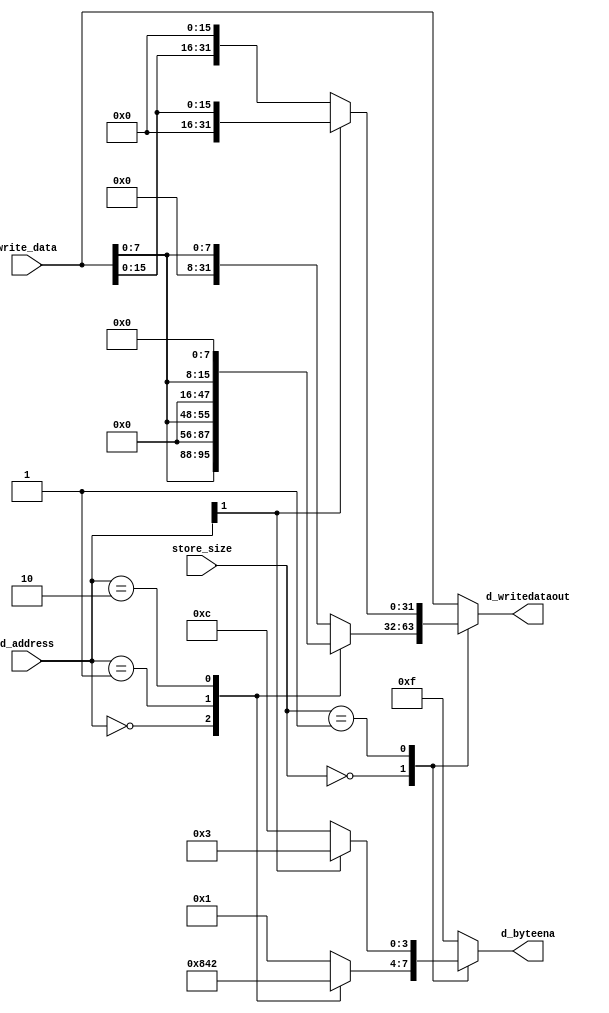


/****************************************************************************
 *           Load data translator
 *- moves read data to appropriate byte/halfword and zero/sign extends
 *****************************************************************************/
module vstore_data_translator(
    write_data,             // data in least significant position
    d_address,
    store_size,             // 0-byte, 1-16bits, 2-32bits, 3-64bits
    d_byteena,
    d_writedataout);        // shifted data to coincide with address
parameter WIDTH=32;

input [WIDTH-1:0] write_data;
input [1:0] d_address;
input [1:0] store_size;
output [3:0] d_byteena;
output [WIDTH-1:0] d_writedataout;

reg [3:0] d_byteena;
reg [WIDTH-1:0] d_writedataout;

always @*
begin
    case (store_size)
        2'b00:
        begin
            case(d_address[1:0])
                2'b00: begin d_byteena=4'b1000; 
                        d_writedataout={write_data[7:0],24'b0}; end
                2'b01: begin d_byteena=4'b0100;
                        d_writedataout={8'b0,write_data[7:0],16'b0}; end
                2'b10: begin d_byteena=4'b0010;
                        d_writedataout={16'b0,write_data[7:0],8'b0}; end
                default: begin d_byteena=4'b0001;
                        d_writedataout={24'b0,write_data[7:0]}; end
            endcase
        end
        2'b01:
        begin
            d_writedataout=(d_address[1]) ? {16'b0,write_data[15:0]} : 
                                            {write_data[15:0],16'b0};
            d_byteena=(d_address[1]) ? 4'b0011 : 4'b1100 ;
        end
        default:
        begin
            d_byteena=4'b1111;
            d_writedataout=write_data;
        end
    endcase
end

endmodule